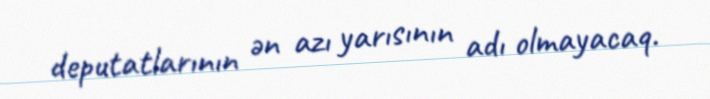
deputatlarının ən azı yarısının adı olmayacaq.